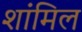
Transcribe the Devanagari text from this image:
शांमिल